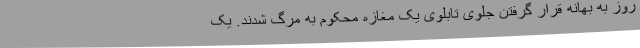
روز به بهانه قرار گرفتن جلوی تابلوی یک مغازه محکوم به مرگ شدند. یک